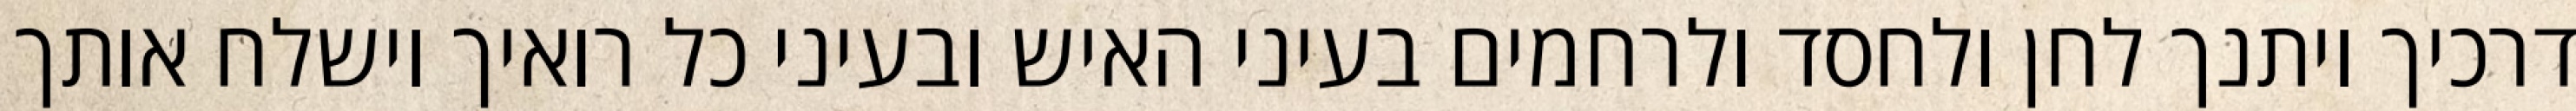
דרכיך ויתנך לחן ולחסד ולרחמים בעיני האיש ובעיני כל רואיך וישלח אותך